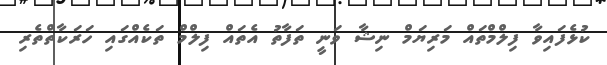
ކުޅެފައިވާ ފިލްމްތައް މަރިޔަމް ނިޝާ ވަނީ ތަފާތު އެތައް ފިލްމް ތަކެއްގައި ހަރަކާތްތެރި